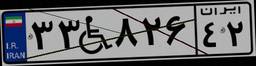
۳۳W۸۲۶۴۲